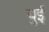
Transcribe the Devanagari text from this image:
युई